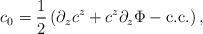
LaTeX: \begin{align*}c_{0} = \frac{1}{2} \left( \partial_{z} c^{z} + c^{z}\partial_{z}\Phi - {\rm c.c.} \right) ,\end{align*}